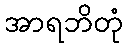
အာရဘိတုံ